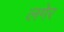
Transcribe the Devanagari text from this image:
लगेर